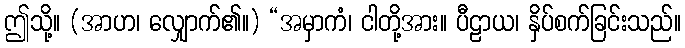
ဤသို့။ (အာဟ၊ လျှောက်၏။) “အမှာကံ၊ ငါတို့အား။ ပီဠာယ၊ နှိပ်စက်ခြင်းသည်။